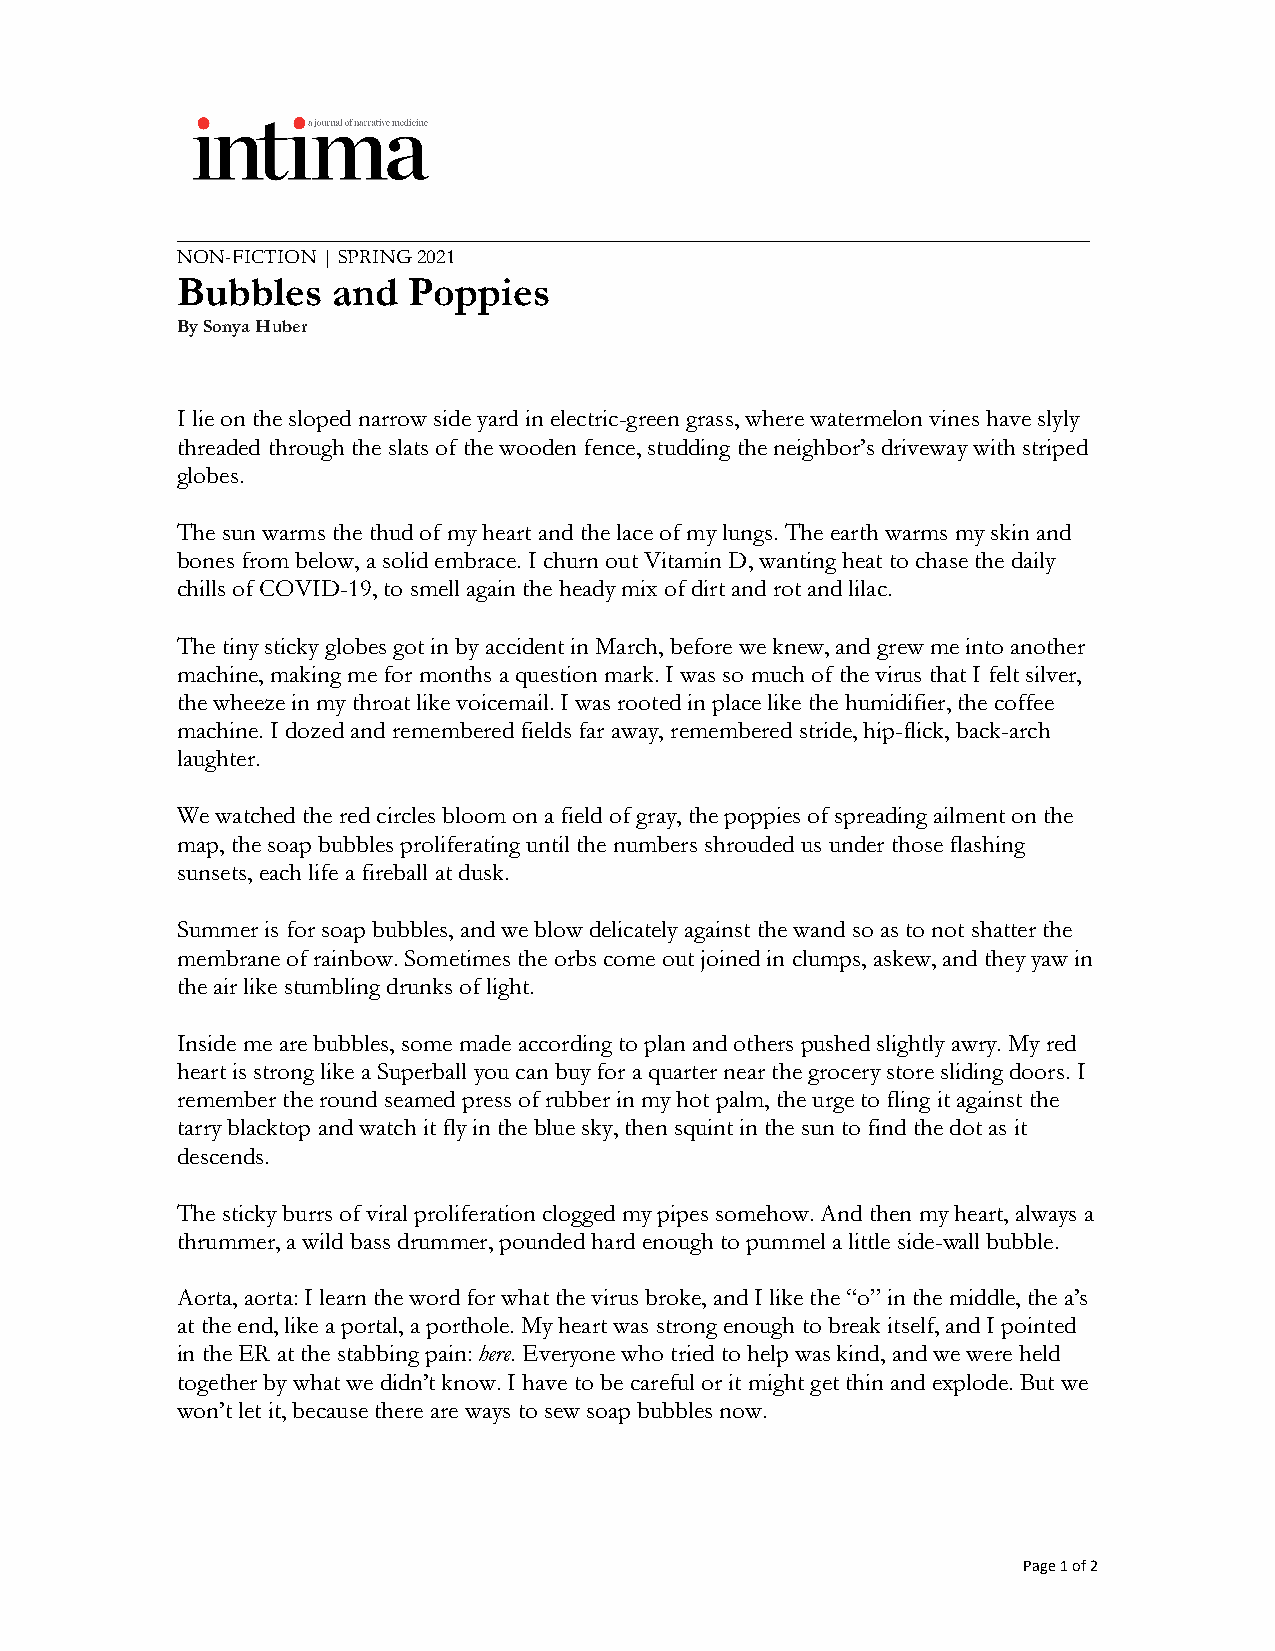
_________________________________________________________________________
 NON-FICTION | SPRING 2021
 Bubbles   and  Poppies
 By Sonya Huber
 I lie on the sloped narrow side yard in electric-green grass, where watermelon vines have slyly
 threaded through the slats of the wooden fence, studding the neighbor’s driveway with striped
 globes.
 The sun warms the thud of my heart and the lace of my lungs. The earth warms my skin and
 bones from below, a solid embrace. I churn out Vitamin D, wanting heat to chase the daily
 chills of COVID-19, to smell again the heady mix of dirt and rot and lilac.
 The tiny sticky globes got in by accident in March, before we knew, and grew me into another
 machine, making me for months a question mark. I was so much of the virus that I felt silver,
 the wheeze in my throat like voicemail. I was rooted in place like the humidifier, the coffee
 machine. I dozed and remembered fields far away, remembered stride, hip-flick, back-arch
 laughter.
 We watched the red circles bloom on a field of gray, the poppies of spreading ailment on the
 map, the soap bubbles proliferating until the numbers shrouded us under those flashing
 sunsets, each life a fireball at dusk.
 Summer is for soap bubbles, and we blow delicately against the wand so as to not shatter the
 membrane of rainbow. Sometimes the orbs come out joined in clumps, askew, and they yaw in
 the air like stumbling drunks of light.
 Inside me are bubbles, some made according to plan and others pushed slightly awry. My red
 heart is strong like a Superball you can buy for a quarter near the grocery store sliding doors. I
 remember the round seamed press of rubber in my hot palm, the urge to fling it against the
 tarry blacktop and watch it fly in the blue sky, then squint in the sun to find the dot as it
 descends.
 The sticky burrs of viral proliferation clogged my pipes somehow. And then my heart, always a
 thrummer, a wild bass drummer, pounded hard enough to pummel a little side-wall bubble.
 Aorta, aorta: I learn the word for what the virus broke, and I like the “o” in the middle, the a’s
 at the end, like a portal, a porthole. My heart was strong enough to break itself, and I pointed
 in the ER at the stabbing pain: here. Everyone who tried to help was kind, and we were held
 together by what we didn’t know. I have to be careful or it might get thin and explode. But we
 won’t let it, because there are ways to sew soap bubbles now.
 Page 1 of 2